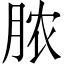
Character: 脓